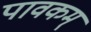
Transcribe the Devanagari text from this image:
पावकम्